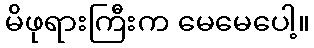
မိဖုရားကြီးက မေမေပေါ့။